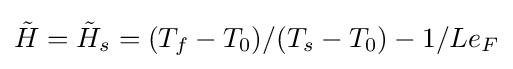
{\tilde {H}}={\tilde {H}}_{s}=(T_{f}-T_{0})/(T_{s}-T_{0})-1/Le_{F}